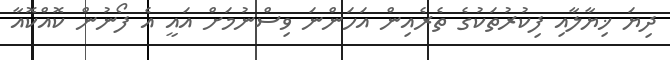
ދިޔަ ޚިޔާލާއި ފިކުރުތަކުގެ ތެރެއިން އަހަންނަ ވިސްނުމަށް އައީ އެ ފޯނުން ކޮއްކޮއާ